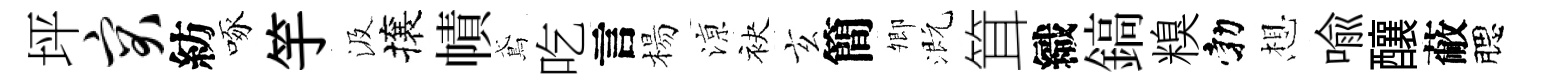
坪突紡啄竽汲攘幘鳶吃言楊鿌袂玄簡𡖖溉䇯織鎬糗勃想喻釀蔽腮